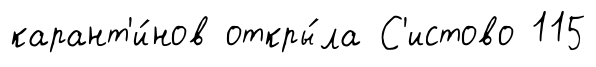
карант'и́нов откры́ла С'истово 115